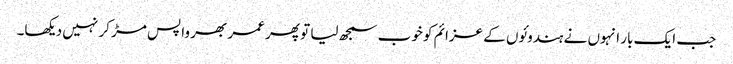
جب ایک بار انہوں نے ہندوئوں کے عزائم کو خوب سمجھ لیا تو پھر عمر بھر واپس مڑ کر نہیں دیکھا۔